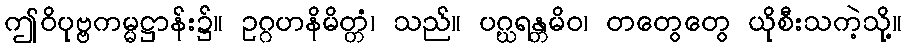
ဤဝိပုဗ္ဗကမ္မဋ္ဌာန်း၌။ ဥဂ္ဂဟနိမိတ္တံ၊ သည်။ ပဂ္ဃရန္တမိဝ၊ တတွေတွေ ယိုစီးသကဲ့သို့။